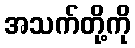
အသက်တို့ကို